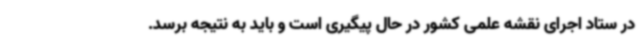
در ستاد اجرای نقشه علمی کشور در حال پیگیری است و باید به نتیجه برسد.